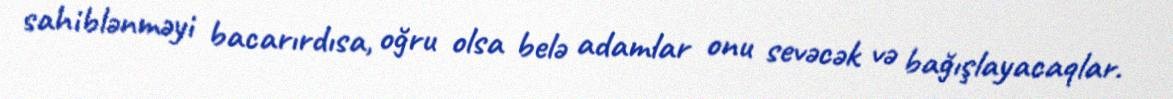
sahiblənməyi bacarırdısa, oğru olsa belə adamlar onu sevəcək və bağışlayacaqlar.